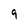
Character: 9